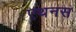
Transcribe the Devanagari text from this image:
एथनस